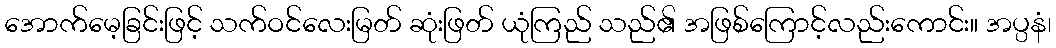
အောက်မေ့ခြင်းဖြင့် သက်ဝင်လေးမြတ် ဆုံးဖြတ် ယုံကြည် သည်၏ အဖြစ်ကြောင့်လည်းကောင်း။ အပ္ပနံ၊